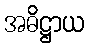
အဓိဋ္ဌာယ